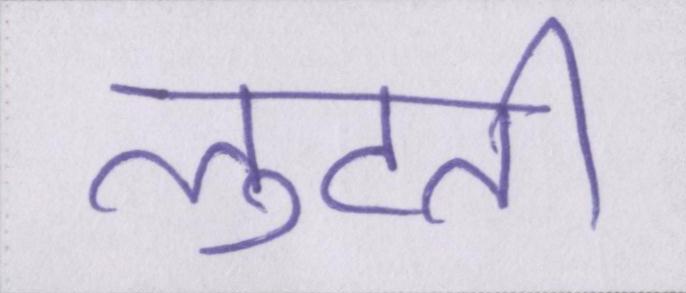
लुटती